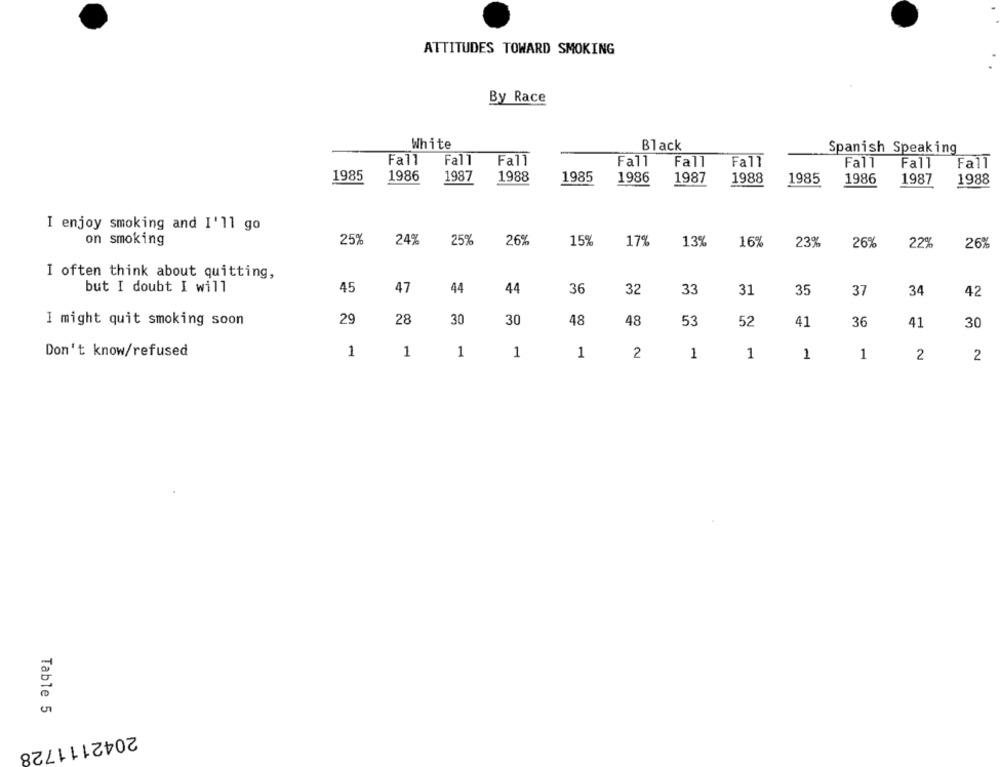
ATTITUDES TOWARD SMOKING
By Race
White
Black
Spanish Speaking
Fall
Fall
Fall
Fall
Fall
Fall
Fall
Fall
Fall
1986
1988
1985
1987
1985
1986
1987
1988
1985
1986
1987
1988
I enjoy smoking and I'll go
on smoking
25%
24%
25%
26%
15%
17%
13%
16%
23%
26%
22%
26%
I often think about quitting,
but I doubt I will
45
47
44
44
36
32
33
31
35
37
34
42
I might quit smoking soon
29
28
30
30
48
48
53
52
36
41
41
30
Don't know/refused
1
1
1
1
1
2
1
1
1
1
2
2
Table 5
2042111728